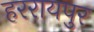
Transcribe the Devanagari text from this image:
हररायपुर